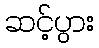
ဆင့်ပွား